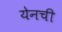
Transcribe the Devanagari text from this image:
येनची